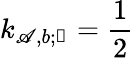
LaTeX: k_{\mathscr{A},b;\mathscr{{n}}}=\frac{{1}}{{2}}